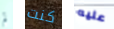
لم كنت عليه